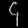
Digit: ၄